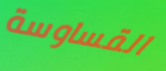
القساوسة